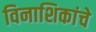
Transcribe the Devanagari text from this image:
विनाशिकांचे